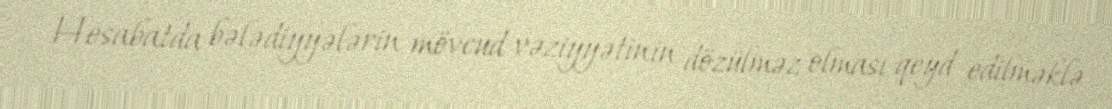
Hesabatda bələdiyyələrin mövcud vəziyyətinin dözülməz olması qeyd edilməklə